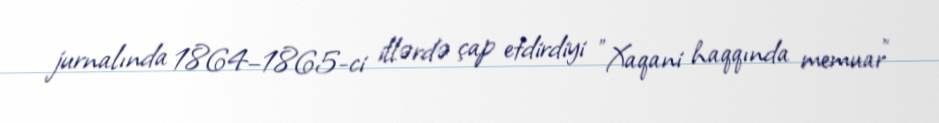
jurnalında 1864–1865-ci illərdə çap etdirdiyi "Xaqani haqqında memuar"